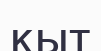
қыт